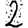
Digit: 2